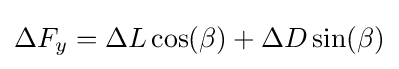
\Delta F_{y}=\Delta L\cos(\beta )+\Delta D\sin(\beta )